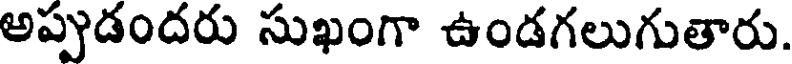
అప్పుడందరు సుఖంగా ఉండగలుగుతారు.